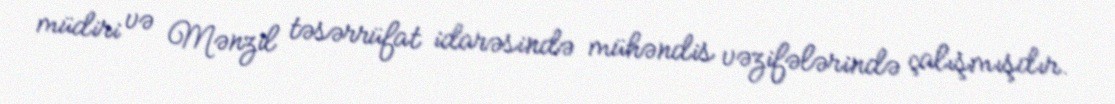
müdiri və Mənzil təsərrüfat idarəsində mühəndis vəzifələrində çalışmışdır.